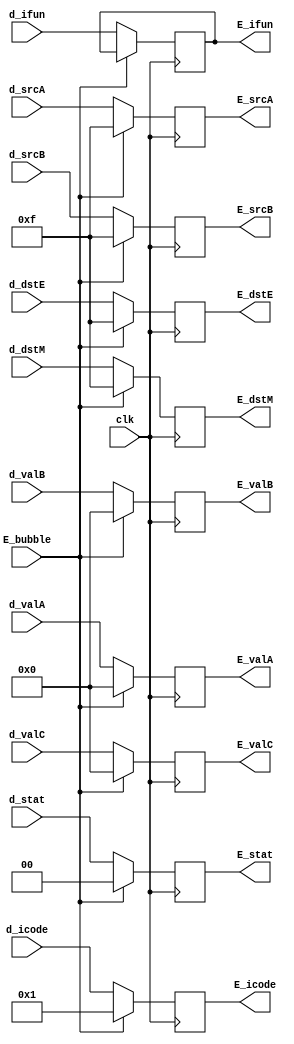
`timescale 1ns / 1ps

module e_register(
input E_bubble,
input clk,
input [1:0] d_stat,
input[3:0] d_icode,
input [3:0] d_ifun,
input[63:0] d_valC,
input[63:0] d_valB,
input[63:0] d_valA,
input[3:0] d_dstE,
input[3:0] d_dstM,

//NOT REQUIRED IN NEXTSTAGES, but still for structure
input[3:0] d_srcA, 
input[3:0] d_srcB,

output reg [1:0] E_stat,
output reg [3:0] E_icode,
output reg [3:0] E_ifun,
output reg [63:0] E_valC,
output reg [63:0] E_valB,
output reg [63:0] E_valA,
output reg [3:0] E_dstE, 
output reg [3:0] E_dstM,

//NOT REQUIRED FOR NEXT STAGES, but according to textbook.
output reg [3:0] E_srcA,
output reg [3:0] E_srcB
);

always @ (posedge clk) begin
    
    if(!E_bubble)begin
        E_stat <= d_stat;
        E_valC <= d_valC;
        E_valB <= d_valB;
        E_valA <= d_valA;
        E_icode <= d_icode;
        E_ifun <= d_ifun;
        E_dstE <= d_dstE;
        E_dstM <= d_dstM;
        E_srcA <= d_srcA;
        E_srcB <= d_srcB;
    end

    else begin
        E_stat <= 0;
        E_valC <= 0;
        E_valB <= 0;
        E_valA <= 0;
        E_icode <= 4'h1;
        E_dstE <= 4'hF;
        E_dstM <= 4'hF;
        E_srcA <= 4'hF;
        E_srcB <= 4'hF;
    end

end

endmodule